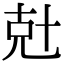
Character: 兙